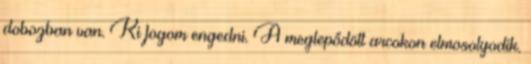
dobozban van. Ki fogom engedni. A meglepődött arcokon elmosolyodik.